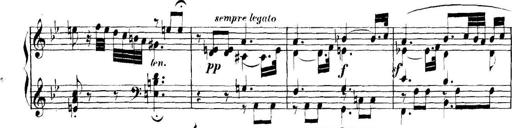
Title: Collected Piano Sonatas
Composer: Muzio Clementi